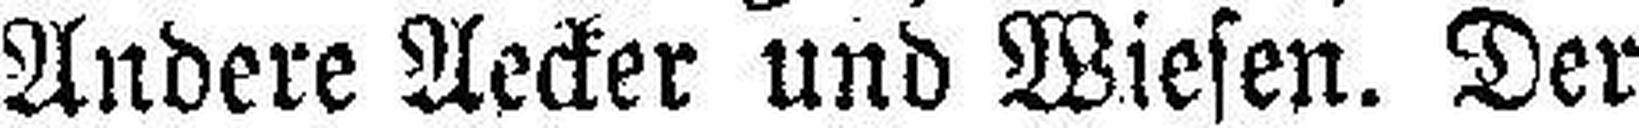
Andere Aecker und Wiesen. Der